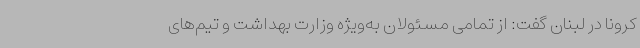
کرونا در لبنان گفت: از تمامی مسئولان به‌ویژه وزارت بهداشت و تیم‌های